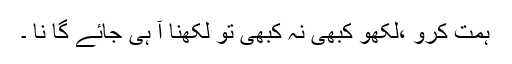
ہمت کرو ،لکھو کبھی نہ کبھی تو لکھنا آ ہی جائے گا نا ۔